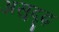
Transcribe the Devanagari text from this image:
असुदृढ़